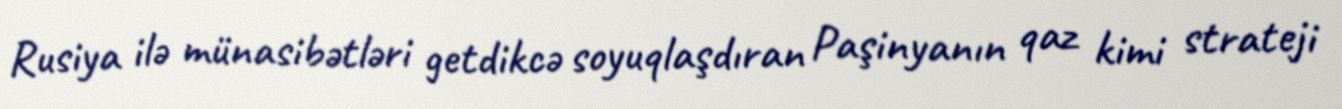
Rusiya ilə münasibətləri getdikcə soyuqlaşdıran Paşinyanın qaz kimi strateji